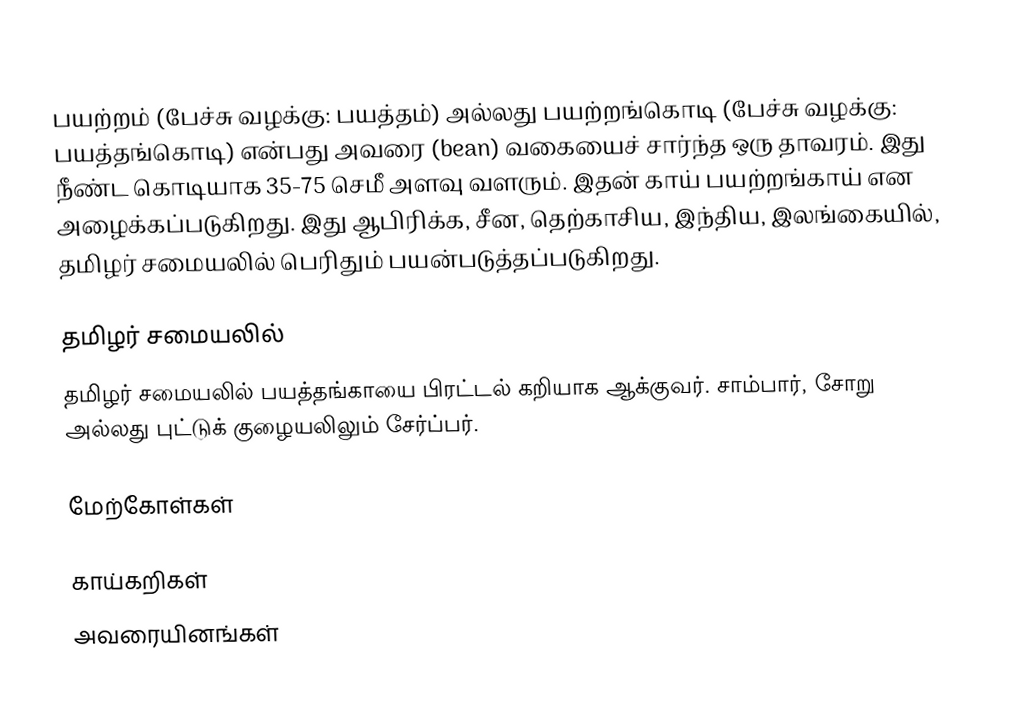
பயற்றம் (பேச்சு வழக்கு: பயத்தம்) அல்லது பயற்றங்கொடி (பேச்சு வழக்கு: பயத்தங்கொடி) என்பது அவரை (bean) வகையைச் சார்ந்த ஒரு தாவரம்.  இது நீண்ட கொடியாக 35-75 செமீ அளவு வளரும். இதன் காய் பயற்றங்காய் என அழைக்கப்படுகிறது. இது ஆபிரிக்க, சீன, தெற்காசிய, இந்திய, இலங்கையில், தமிழர் சமையலில் பெரிதும் பயன்படுத்தப்படுகிறது.

தமிழர் சமையலில்
தமிழர் சமையலில் பயத்தங்காயை பிரட்டல் கறியாக ஆக்குவர். சாம்பார், சோறு அல்லது புட்டுக் குழையலிலும் சேர்ப்பர்.

மேற்கோள்கள்

காய்கறிகள்
அவரையினங்கள்